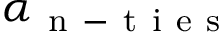
\alpha _ { \mathrm { ~ n ~ - ~ t ~ i ~ e ~ s ~ } }